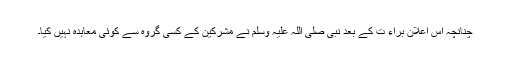
چنانچہ اس اعلان براء ت کے بعد نبی صلی اللہ علیہ وسلم نے مشرکین کے کسی گروہ سے کوئی معاہدہ نہیں کیا۔